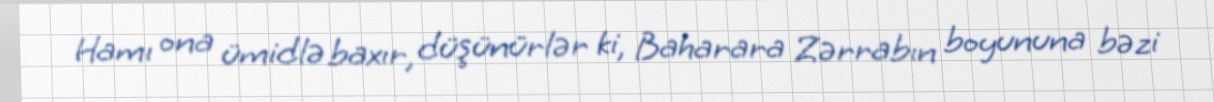
Hamı ona ümidlə baxır, düşünürlər ki, Baharara Zərrabın boyununa bəzi